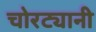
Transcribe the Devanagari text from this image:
चोरट्यानी